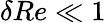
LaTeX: \delta Re\ll 1